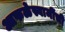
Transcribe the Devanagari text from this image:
आफळेस्वामींची